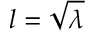
l = { \sqrt { \lambda } }